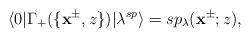
LaTeX: \begin{align*}\langle 0|\Gamma_+(\{\mathbf{x}^{\pm},z\})|\lambda^{sp}\rangle=sp_\lambda(\mathbf{x}^{\pm};z),\end{align*}